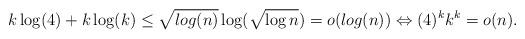
LaTeX: \begin{align*}k\log(4)+k\log(k)\le \sqrt{log(n)}\log(\sqrt{\log n}) = o(log(n)) \Leftrightarrow (4)^{k}k^{k}=o(n).\end{align*}